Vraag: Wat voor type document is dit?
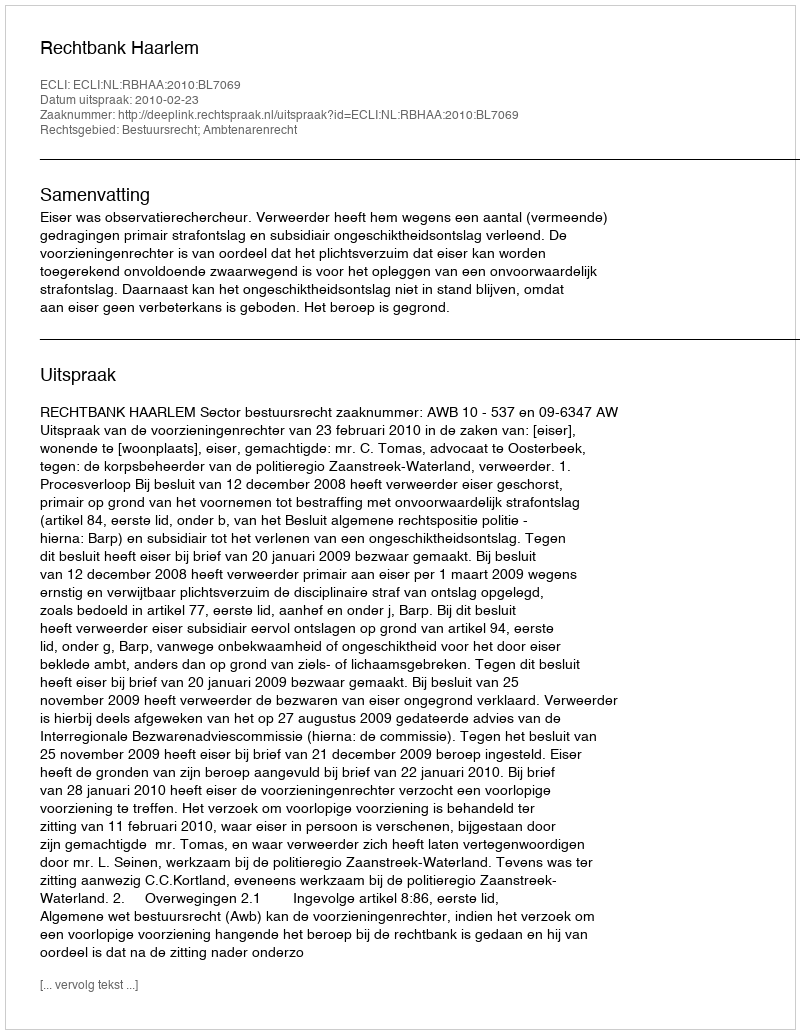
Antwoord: Uitspraak